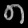
Digit: ၈